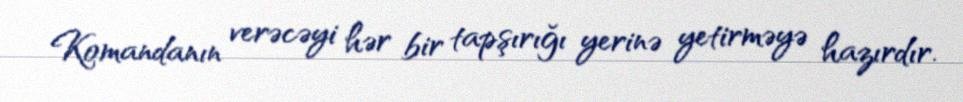
Komandanın verəcəyi hər bir tapşırığı yerinə yetirməyə hazırdır.